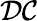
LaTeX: \mathcal{DC}